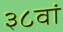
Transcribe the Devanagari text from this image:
३८वां